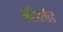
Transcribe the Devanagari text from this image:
क्वीवलैंड